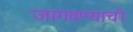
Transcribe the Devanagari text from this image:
जागवण्याची